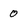
Character: 0